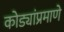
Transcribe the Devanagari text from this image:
कोड्यांप्रमाणे